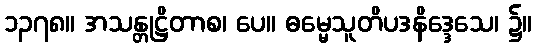
၁၃၇၈။ အသန္တုဋ္ဌိတာစ၊ ပေ။ ဓမ္မေသူတိပဒနိဒ္ဒေသေ၊ ၌။